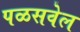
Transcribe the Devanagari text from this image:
पळसवेल